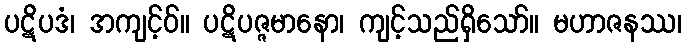
ပဋိပဒံ၊ အကျင့်ဝ်။ ပဋိပဇ္ဇမာနော၊ ကျင့်သည်ရှိသော်။ မဟာဇနဿ၊